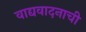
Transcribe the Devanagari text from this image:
वाद्यवादनाची